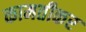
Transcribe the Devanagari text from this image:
कामतीकर